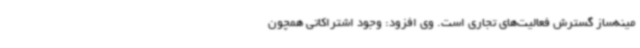
مینه‌ساز گسترش فعالیت‌های تجاری است. وی افزود: وجود اشتراکاتی همچون